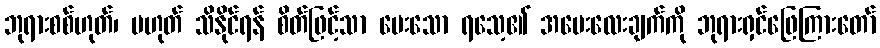
ဘုရားစစ်ဟုတ်၊ မဟုတ် သိနိုင်ရန် စိတ်ဖြင့်သာ မေးသော ရသေ့၏ အမေးလေးချက်ကို ဘုရားရှင်ဖြေကြားတော်